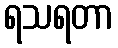
ရသရတာ